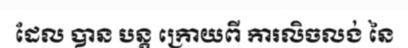
ដែល បាន បន្ត ក្រោយពី ការលិចលង់ នៃ